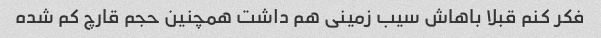
فکر کنم قبلا باهاش سیب زمینی هم داشت همچنین حجم قارچ کم شده